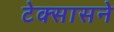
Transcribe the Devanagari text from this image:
टेक्सासने